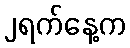
၂ရက်နေ့က